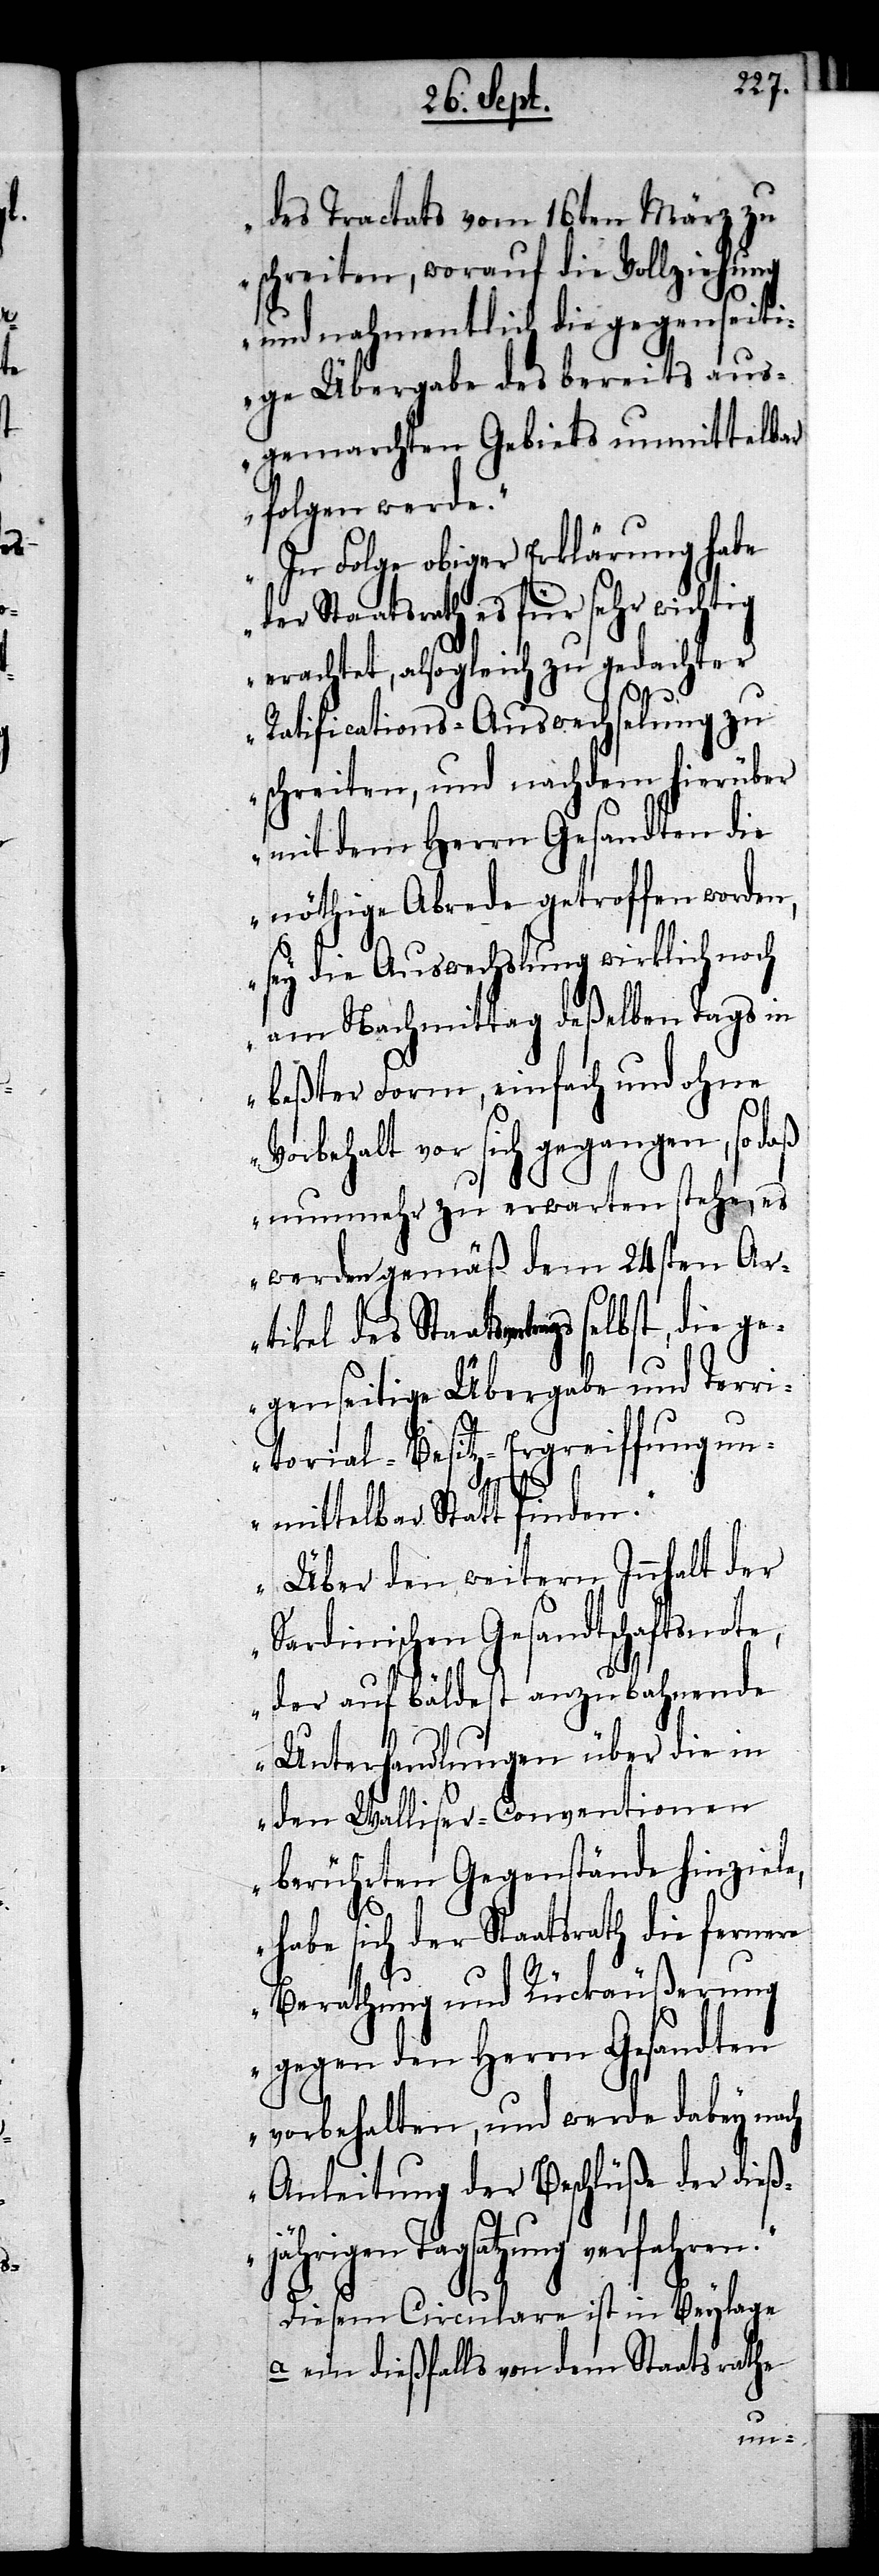
des Tractats vom 16ten März zu
schreiten, worauf die Vollziehung
und nahmentlich die gegensei¬
tige Übergabe des bereits aus¬
gemachten Gebiets unmittelbar
folgen werde.
In Folge obiger Erklärung habe
der Staatsrath es für sehr wichtig
erachtet, alsogleich zu gedachter
Ratifications-Auswechselung zu
schreiten, und nachdem hierüber
mit dem Herrn Gesandten die
nöthige Abrede getroffen worden,
sey die Auswechslung wirklich noch
am Nachmittag deßelben Tags in
beßter Form, einfach und ohne
Vorbehalt vor sich gegangen, so daß
nunmehr zu erwarten stehe, es
werden gemäß dem 24sten Ar¬
tikel des Staatsvertrags selbst,
gegenseitige Übergabe und Terri¬
torial-Besitz-Ergreiffung un¬
mittelbar Statt finden.
Über den weitern Innhalt der
Sardinischen Gesandtschaftsnote,
der auf bäldest anzubahnende
Unterhandlungen über die in
den Walliser-Conventionen
berührten Gegenstände hinziele,
habe sich der Staatsrath die
Berathung und Rückäußerung
gegen den Herrn Gesandten
vorbehalten, und werde dabey nach
Anleitung der Beschlüße der dieß¬
jährigen Tagsatzung verfahren.“
Diesem Circulare ist in Beylage
a ein dießfalls von dem Staatsrathe